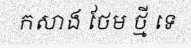
កសាង ថែម ថ្មី ទេ